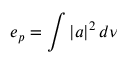
e _ { p } = \int { \left| a \right| ^ { 2 } d \nu }